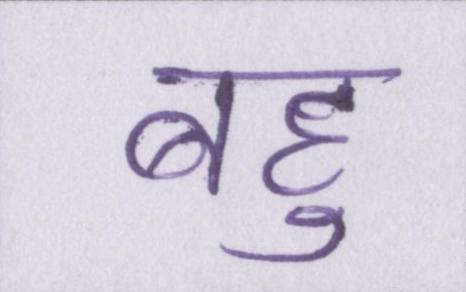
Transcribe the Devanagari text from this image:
बहु